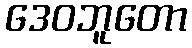
ဒေဝဘူတော